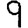
Digit: 9